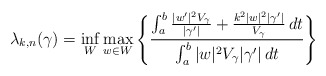
\begin{align*}\lambda_{k,n}(\gamma) = \inf_W \max_{w \in W} \Bigg\{ \frac{ \int_a^b \frac{|w'|^2 V_\gamma}{|\gamma '|} + \frac{k^2 |w|^2 | \gamma' |}{V_\gamma} \,dt}{ \int_a^b |w|^2 V_\gamma | \gamma' | \,dt} \Bigg\}\end{align*}